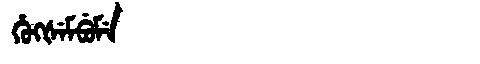
Manchu: ᡥᡠᡴᡧᡝᠮᠪᡠᠮᡝ
Romanization: HUKŠEMBUME